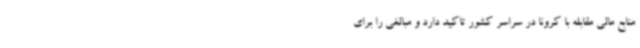
منابع مالی مقابله با کرونا در سراسر کشور تاکید دارد و مبالغی را برای